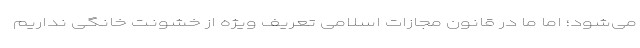
می‌شود؛ اما ما در قانون مجازات اسلامی تعریف ویژه از خشونت خانگی نداریم